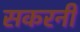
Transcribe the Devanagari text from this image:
सकरनी